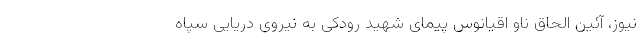
نیوز، آئین الحاق ناو اقیانوس پیمای شهید رودکی به نیروی دریایی سپاه